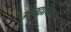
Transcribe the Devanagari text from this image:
उत्तरदायित्व।